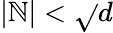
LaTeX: \left\vert\mathbb{N}\right\vert<{\sqrt{}{{d}}}